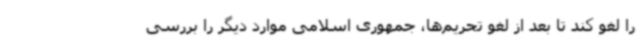
را لغو کند تا بعد از لغو تحریم‌ها، جمهوری اسلامی موارد دیگر را بررسی